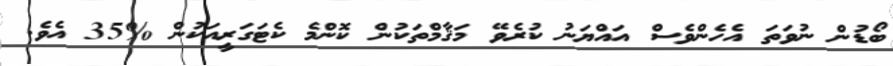
ބޯޑުން ނުވަތަ އެހެންވެސް އައްޔަނު ކުރެވޭ މަޤާމްތަކުން ކޮންމެ ކެޓަގަރީއަކުން %35 އެވެ.